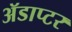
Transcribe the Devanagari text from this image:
ॲडाप्टर